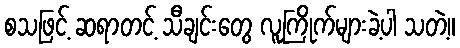
စသဖြင့် ဆရာတင့် သီချင်းတွေ လူကြိုက်များခဲ့ပါ သတဲ့။